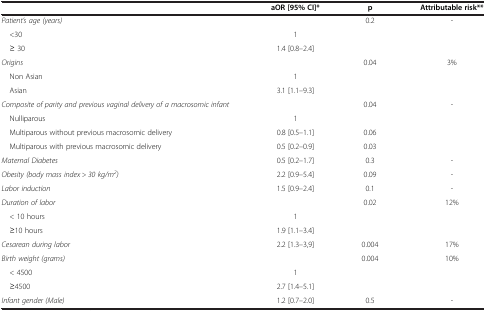
|  | aOR [95% CI]* | p | Attributable risk** |
 | --- | --- | --- | --- |
 | Patient’s age (years) |  | 0.2 | - |
 | <30 | 1 |  |  |
 | ≥ 30 | 1.4 [0.8–2.4] |  |  |
 | Origins |  | 0.04 | 3% |
 | Non Asian | 1 |  |  |
 | Asian | 3.1 [1.1–9.3] |  |  |
 | Composite of parity and previous vaginal delivery of a macrosomic infant |  | 0.04 | - |
 | Nulliparous | 1 |  |  |
 | Multiparous without previous macrosomic delivery | 0.8 [0.5–1.1] | 0.06 |  |
 | Multiparous with previous macrosomic delivery | 0.5 [0.2–0.9] | 0.03 |  |
 | Maternal Diabetes | 0.5 [0.2–1.7] | 0.3 | - |
 | Obesity (body mass index > 30 kg/m2) | 2.2 [0.9–5.4] | 0.09 | - |
 | Labor induction | 1.5 [0.9–2.4] | 0.1 | - |
 | Duration of labor |  | 0.02 | 12% |
 | < 10 hours | 1 |  |  |
 | ≥10 hours | 1.9 [1.1–3.4] |  |  |
 | Cesarean during labor | 2.2 [1.3–3,9] | 0.004 | 17% |
 | Birth weight (grams) |  | 0.004 | 10% |
 | < 4500 | 1 |  |  |
 | ≥4500 | 2.7 [1.4–5.1] |  |  |
 | Infant gender (Male) | 1.2 [0.7–2.0] | 0.5 | - |